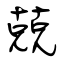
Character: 兢